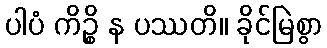
ပါပံ ကိဉ္စိ န ပဿတိ။ ခိုင်မြဲစွာ